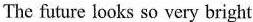
The future looks so very bright